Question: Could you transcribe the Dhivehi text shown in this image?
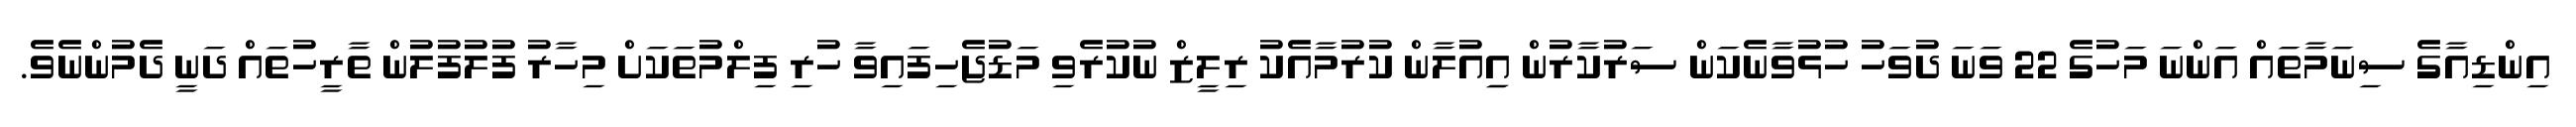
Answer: އިންޑިއާގެ ސިނަމާތައް އަންނަ މަހުގެ 22 ވަނަ ދުވަހު ހުޅުވާނެކަން ސަރުކާރުން އިިއުލާން ކުރުމާއެކު ރިލީޒް ނުކުރެވި މަޑުޖެހިފައިވާ ހުރި ފިލްމުތަކަށް މިހާރު ފުލުފުލުން ތާރީހުތައް ދަނީ ދެމުންނެވެ.